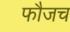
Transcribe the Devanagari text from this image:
फौजच